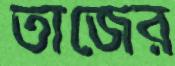
তাজের